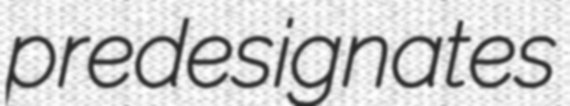
predesignates